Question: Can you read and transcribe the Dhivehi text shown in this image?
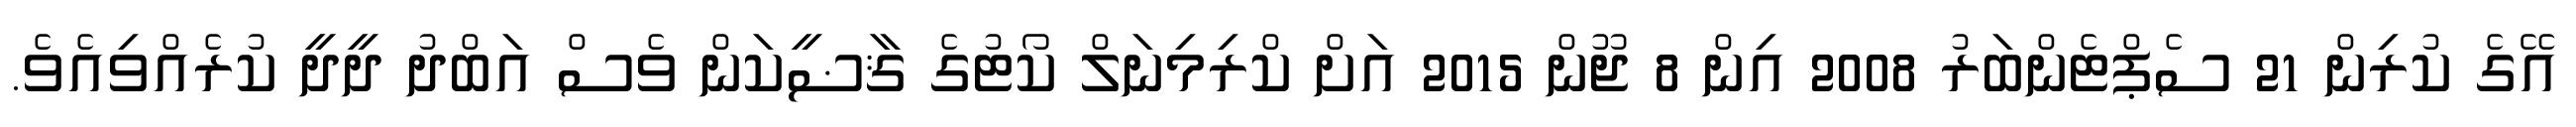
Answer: އޭގެ ކުރިން 21 ސެޕްޓެންބަރު 2008 އިން 8 ޖޫން 2015 އަށް ކްރިމިނަލް ކޯޓުގެ ޤާޟީކަން ވެސް އަބްދު ދީދީ ކުރެއްވިއެވެ.